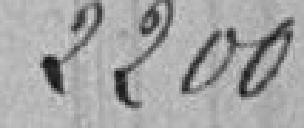
2200